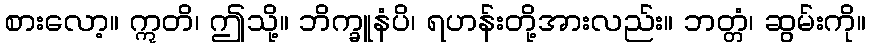
စားလော့။ ဣတိ၊ ဤသို့။ ဘိက္ခူနံပိ၊ ရဟန်းတို့အားလည်း။ ဘတ္တံ၊ ဆွမ်းကို။